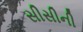
સીસીની